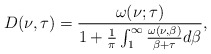
\begin{align*}D(\nu,\tau)=\frac{\omega(\nu;\tau)}{1+\frac{1}{\pi}\int_{1}^{\infty}\frac{\omega(\nu,\beta)}{\beta+\tau}d\beta},\end{align*}